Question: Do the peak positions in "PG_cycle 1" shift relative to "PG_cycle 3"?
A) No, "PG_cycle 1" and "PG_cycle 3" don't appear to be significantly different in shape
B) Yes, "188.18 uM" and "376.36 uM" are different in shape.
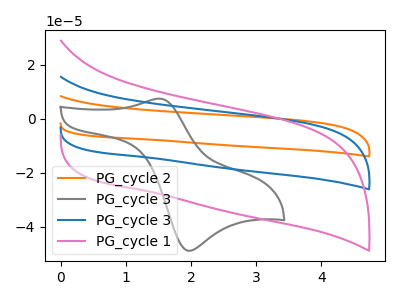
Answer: <think>The orange curve "PG_cycle 2" has no peaks. The gray curve "PG_cycle 3" has an anodic peak at (1.50V, 7.40uA) and a cathodic peak at (1.95V, -48.85uA). The blue curve "PG_cycle 3" has no peaks. The pink curve "PG_cycle 1" has no peaks.
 Neither "PG_cycle 1" or "PG_cycle 3" have any peaks.</think>
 <answer>A) No, "PG_cycle 1" and "PG_cycle 3" don't appear to be significantly different in shape</answer>
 <eval>A</eval>